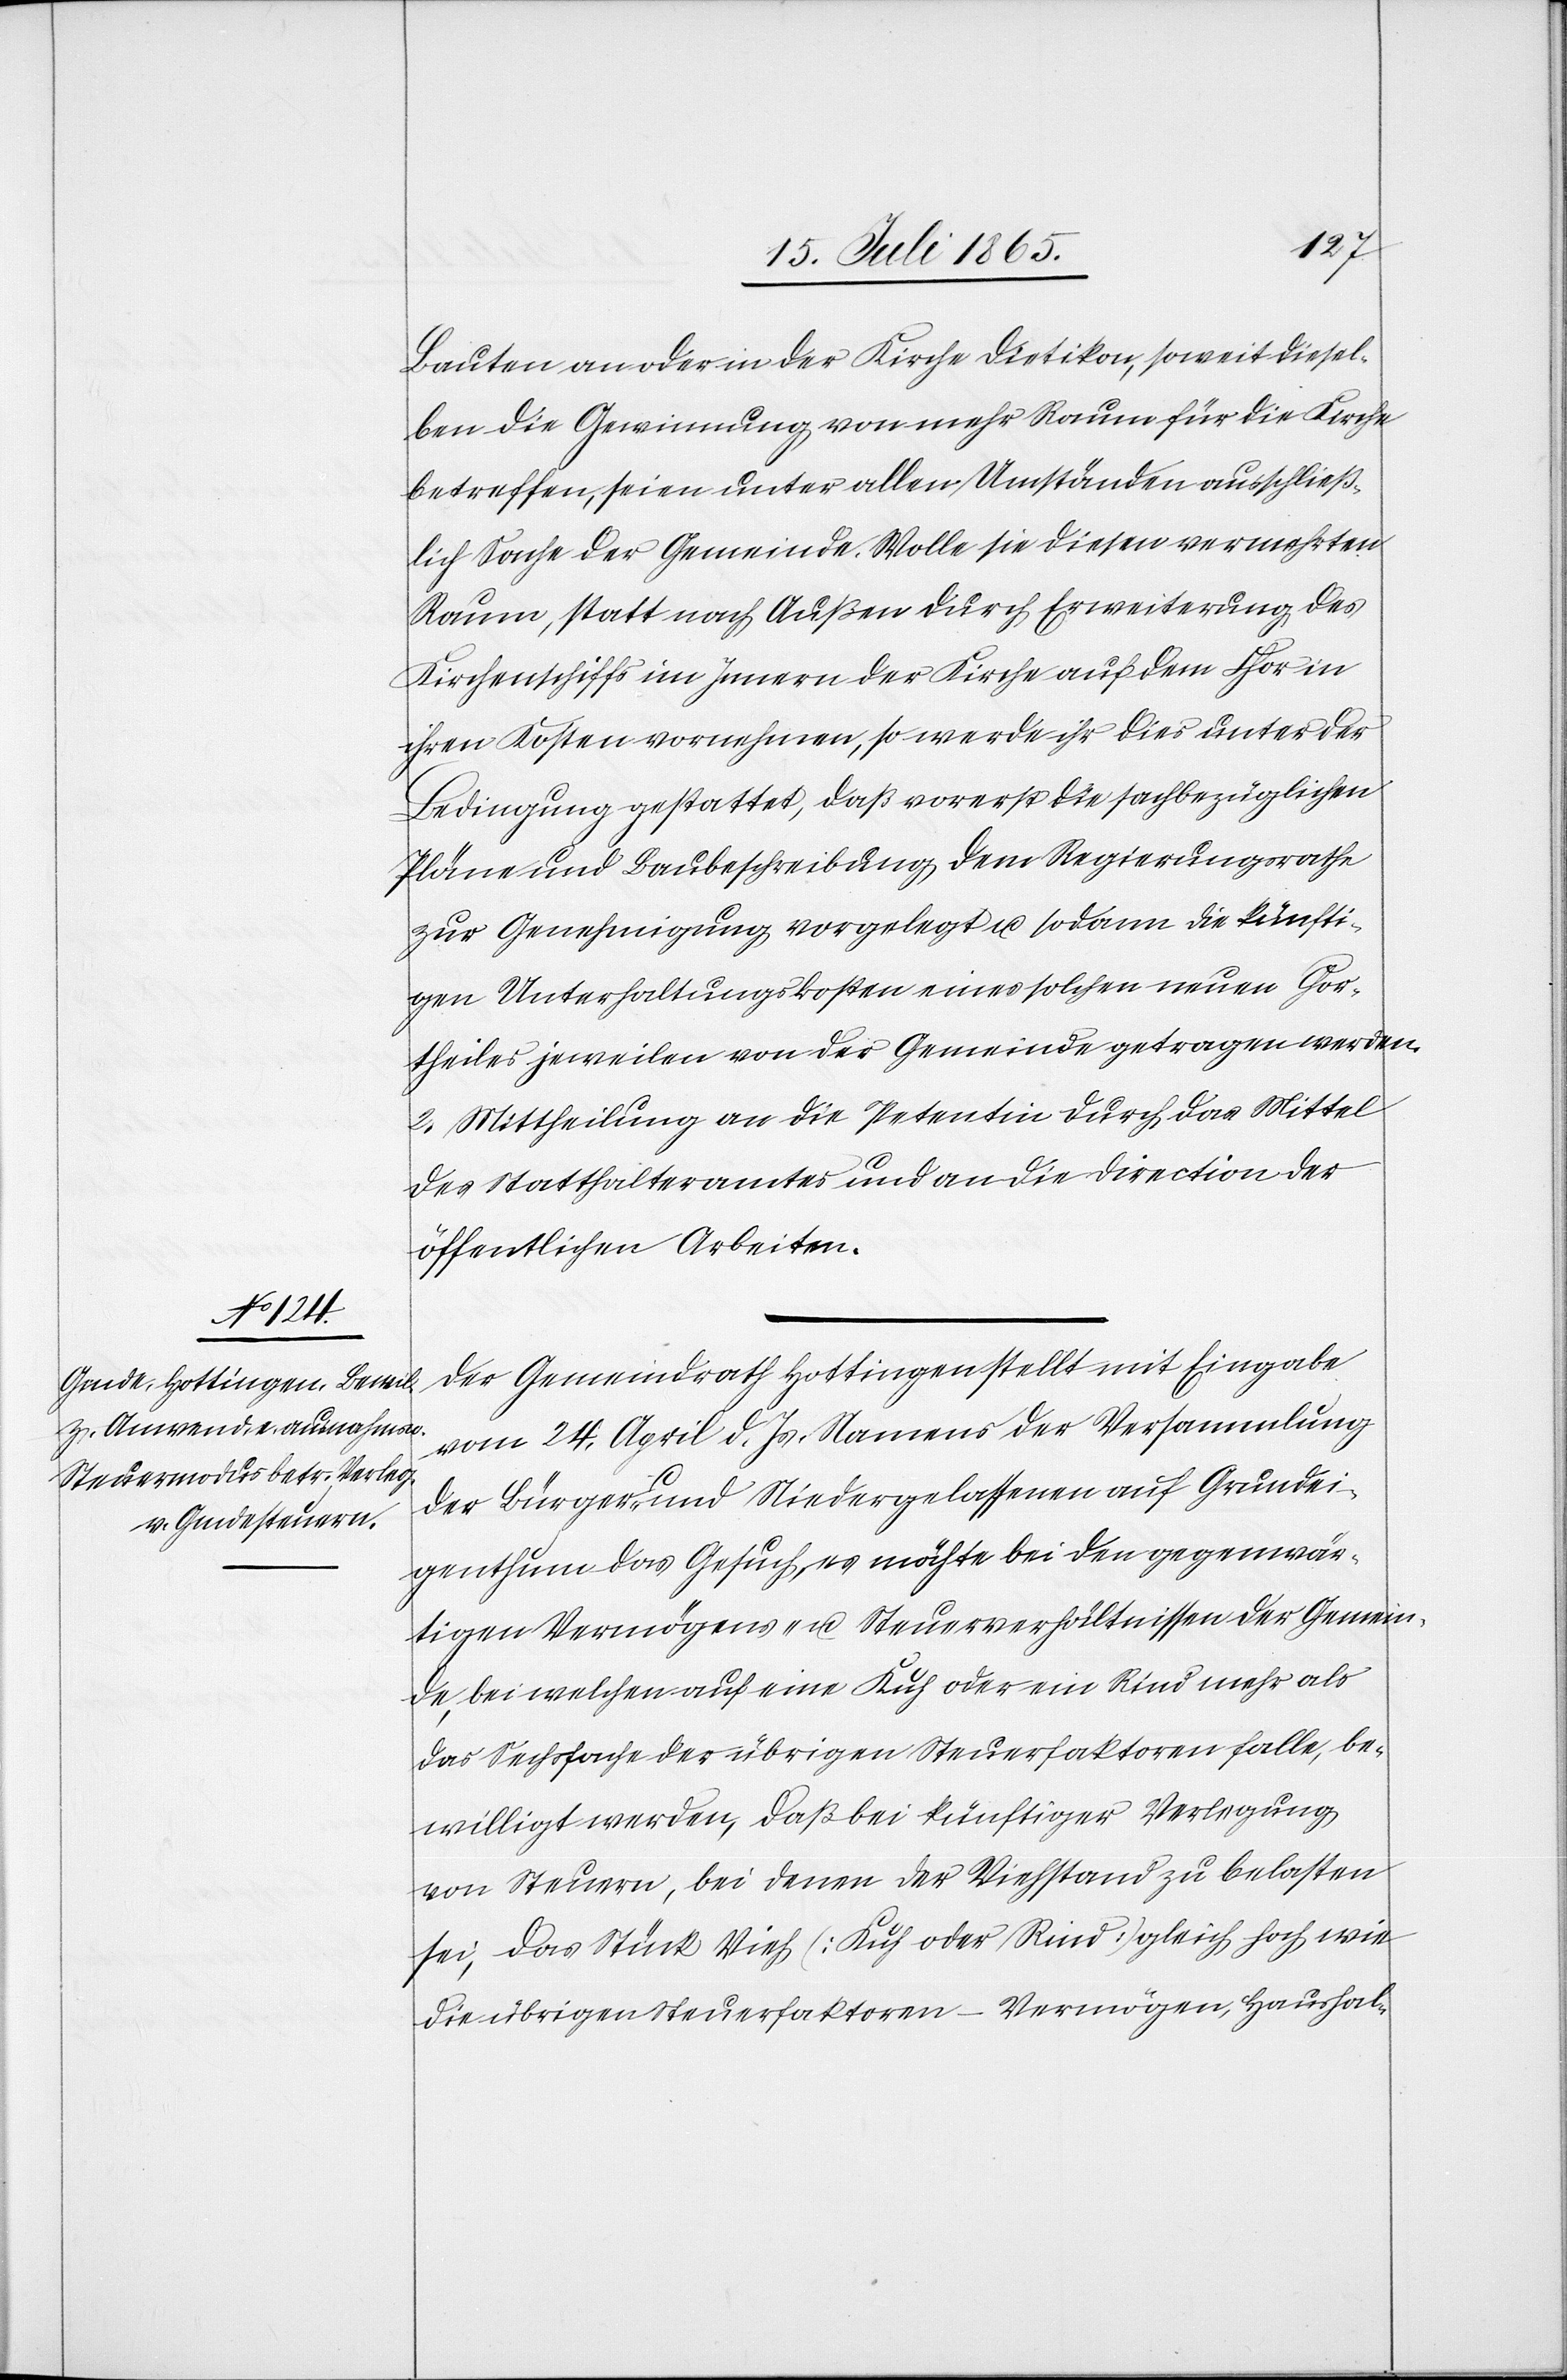
Bauten an oder in der Kirche Dietikon, soweit diesel¬
ben die Gewinnung von mehr Raum für die Kirche
betreffen seien unter allen Umständen ausschließ¬
lich Sache der Gemeinde. Wolle sie diesen vermehrten
Raum, statt nach Außen durch Erweiterung des
Kirchenschiffs im Innern der Kirche auf dem Chor in
ihren Kosten vornehmen, so werde ihr dies unter der
Bedingung gestattet, daß vorerst die sachbezüglichen
Pläne und Baubeschreibung dem Regierungsrathe
zur Genehmigung vorgelegt u. sodann die künfti¬
gen Unterhaltungskosten eines solchen neuen Chor¬
theiles jeweilen von der Gemeinde getragen werden.
2. Mittheilung an die Petentin durch das Mittel
des Statthalteramtes und an die Direction der
öffentlichen Arbeiten.
Der Gemeindrath Hottingen stellt mit Eingabe
vom 24. April d. Js. Namens der Versammlung
der Bürger- und Niedergelassenen auf Grundei¬
genthum das Gesuch, es möchte bei den gegenwär¬
tigen Vermögens- u. Steuerverhältnissen der Gemein¬
de, bei welchen auf eine Kuh oder ein Rind mehr als
das Sechsfache der übrigen Steuerfaktoren falle, be¬
willigt werden, daß bei künftiger Verlegung
von Steuern, bei denen der Viehstand zu belasten
sei, das Stück Vieh [Kuh oder Rind] gleich hoch wie
die übrigen Steuerfaktoren – Vermögen, Haushal-